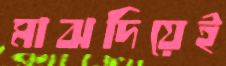
মাঝদিয়েই